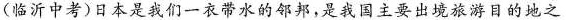
(临沂中考)日本是我们一衣带水的邻邦，是我国主要出境旅游目的地之